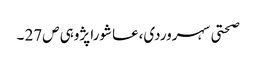
صحتی سہروردی،عاشورا پژوہی ص27 ۔